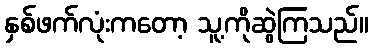
နှစ်ဖက်လုံးကတော့ သူ့ကိုဆွဲကြသည်။